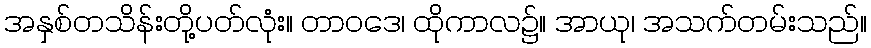
အနှစ်တသိန်းတို့ပတ်လုံး။ တာဝဒေ၊ ထိုကာလ၌။ အာယု၊ အသက်တမ်းသည်။